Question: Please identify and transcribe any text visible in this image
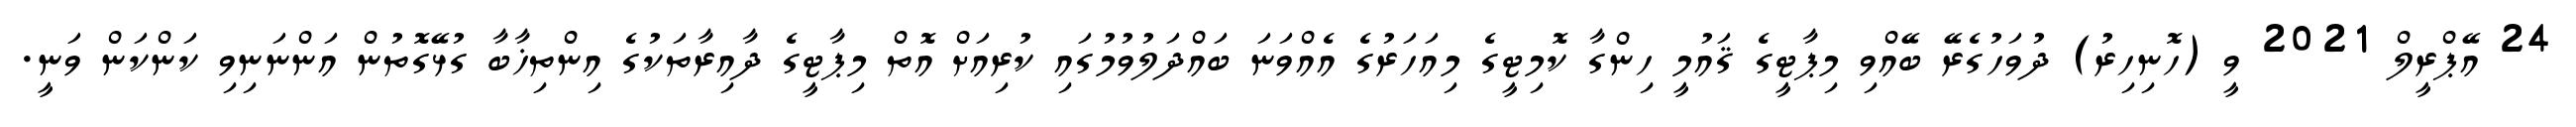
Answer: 24 އޭޕްރީލް 2021 ވީ (ހޮނިހިރު) ދުވަހުގެރޭ ބޭއްވި މިޕާޓީގެ ޤައުމީ ހިންގާ ކޮމިޓީގެ މިއަހަރުގެ އެއްވަނަ ބައްދަލުވުމުގައި ކުރިއަށް އޮތް މިޕާޓީގެ ދާއިރާތަކުގެ އިންތިޚާބާ ގުޅޭގޮތުން އަންނަނިވި ކަންކަން ވަނީ.